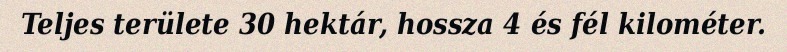
Teljes területe 30 hektár, hossza 4 és fél kilométer.